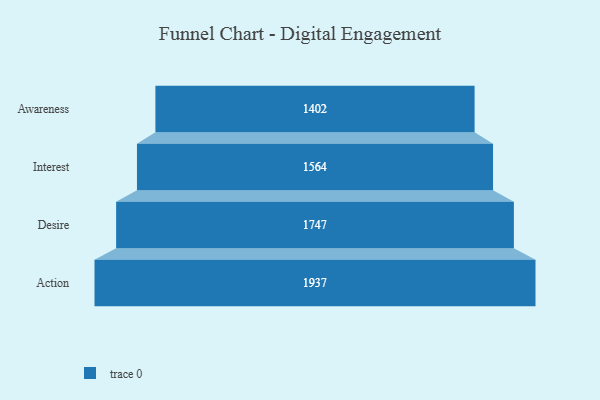
{"axis": {"x": "Stage", "y": "Value"}, "legend": [""], "data": [{"x": "Awareness", "y": 1402.0, "type": ""}, {"x": "Interest", "y": 1564.0, "type": ""}, {"x": "Desire", "y": 1747.0, "type": ""}, {"x": "Action", "y": 1937.0, "type": ""}]}